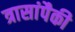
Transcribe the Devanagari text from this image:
त्रासांपैकी